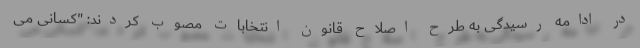
در ادامه رسیدگی به طرح اصلاح قانون انتخابات مصوب کردند: "کسانی می